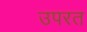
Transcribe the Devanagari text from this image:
उपरत